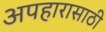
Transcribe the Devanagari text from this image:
अपहारासाठी